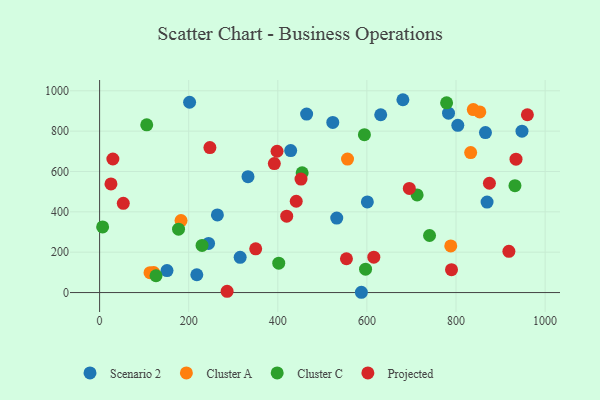
{"axis": {"x": "Distance", "y": "Fuel Efficiency"}, "legend": ["Cluster A", "Cluster C", "Projected", "Scenario 2"], "data": [{"x": "532.3", "y": 369.1, "type": "Scenario 2"}, {"x": "428.9", "y": 703.7, "type": "Scenario 2"}, {"x": "464.7", "y": 884.5, "type": "Scenario 2"}, {"x": "869.7", "y": 448.4, "type": "Scenario 2"}, {"x": "601.0", "y": 449.1, "type": "Scenario 2"}, {"x": "866.1", "y": 792.8, "type": "Scenario 2"}, {"x": "804.0", "y": 828.9, "type": "Scenario 2"}, {"x": "244.6", "y": 243.7, "type": "Scenario 2"}, {"x": "333.1", "y": 574.2, "type": "Scenario 2"}, {"x": "151.3", "y": 108.8, "type": "Scenario 2"}, {"x": "523.4", "y": 843.0, "type": "Scenario 2"}, {"x": "587.6", "y": 1.4, "type": "Scenario 2"}, {"x": "948.1", "y": 799.9, "type": "Scenario 2"}, {"x": "202.0", "y": 943.1, "type": "Scenario 2"}, {"x": "631.0", "y": 881.1, "type": "Scenario 2"}, {"x": "218.2", "y": 88.3, "type": "Scenario 2"}, {"x": "264.4", "y": 384.7, "type": "Scenario 2"}, {"x": "680.8", "y": 955.6, "type": "Scenario 2"}, {"x": "315.5", "y": 174.6, "type": "Scenario 2"}, {"x": "783.2", "y": 888.7, "type": "Scenario 2"}, {"x": "853.4", "y": 894.9, "type": "Cluster A"}, {"x": "556.5", "y": 661.3, "type": "Cluster A"}, {"x": "832.9", "y": 693.6, "type": "Cluster A"}, {"x": "788.2", "y": 231.0, "type": "Cluster A"}, {"x": "838.8", "y": 906.9, "type": "Cluster A"}, {"x": "113.2", "y": 98.3, "type": "Cluster A"}, {"x": "182.8", "y": 356.8, "type": "Cluster A"}, {"x": "121.5", "y": 98.8, "type": "Cluster A"}, {"x": "402.1", "y": 145.5, "type": "Cluster C"}, {"x": "778.9", "y": 940.0, "type": "Cluster C"}, {"x": "126.6", "y": 83.3, "type": "Cluster C"}, {"x": "597.0", "y": 116.1, "type": "Cluster C"}, {"x": "932.3", "y": 529.7, "type": "Cluster C"}, {"x": "230.0", "y": 233.7, "type": "Cluster C"}, {"x": "6.8", "y": 325.2, "type": "Cluster C"}, {"x": "454.7", "y": 593.1, "type": "Cluster C"}, {"x": "105.8", "y": 831.0, "type": "Cluster C"}, {"x": "594.4", "y": 782.5, "type": "Cluster C"}, {"x": "740.6", "y": 282.7, "type": "Cluster C"}, {"x": "177.2", "y": 314.2, "type": "Cluster C"}, {"x": "712.7", "y": 484.0, "type": "Cluster C"}, {"x": "875.0", "y": 541.6, "type": "Projected"}, {"x": "918.7", "y": 204.5, "type": "Projected"}, {"x": "554.1", "y": 167.5, "type": "Projected"}, {"x": "960.2", "y": 881.2, "type": "Projected"}, {"x": "350.4", "y": 216.7, "type": "Projected"}, {"x": "452.1", "y": 562.5, "type": "Projected"}, {"x": "29.8", "y": 661.8, "type": "Projected"}, {"x": "789.9", "y": 113.5, "type": "Projected"}, {"x": "247.6", "y": 718.7, "type": "Projected"}, {"x": "615.5", "y": 175.2, "type": "Projected"}, {"x": "441.4", "y": 452.4, "type": "Projected"}, {"x": "286.2", "y": 6.3, "type": "Projected"}, {"x": "53.2", "y": 442.3, "type": "Projected"}, {"x": "420.0", "y": 378.7, "type": "Projected"}, {"x": "398.3", "y": 700.3, "type": "Projected"}, {"x": "392.2", "y": 639.2, "type": "Projected"}, {"x": "25.5", "y": 538.1, "type": "Projected"}, {"x": "695.2", "y": 515.8, "type": "Projected"}, {"x": "934.7", "y": 661.2, "type": "Projected"}]}